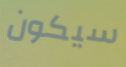
سيكون